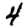
Digit: 4